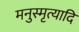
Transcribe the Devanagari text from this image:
मनुस्मृत्यादि